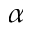
\alpha